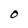
Character: O